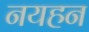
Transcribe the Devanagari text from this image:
नयहन